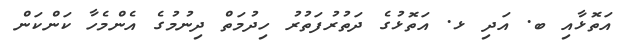
އަތޮޅާއި ބ. އަދި ޅ. އަތޮޅުގެ ދަތުރުފަތުރު ހިދުމަތް ދިނުމުގެ އެންމެހާ ކަންކަން